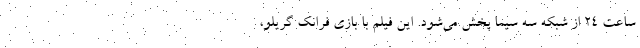
ساعت ۲۴ از شبکه سه سیما پخش می‌شود. این فیلم با بازی فرانک گریلو،